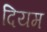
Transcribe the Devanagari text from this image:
दियम